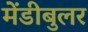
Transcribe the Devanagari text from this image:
मेंडीबुलर